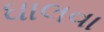
ઘાલવા